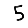
Digit: 5